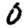
Digit: 0